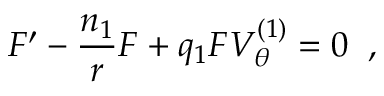
F ^ { \prime } - \frac { n _ { 1 } } { r } F + q _ { 1 } F V _ { \theta } ^ { ( 1 ) } = 0 \; \; ,